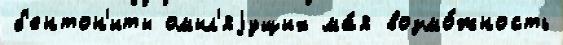
б'ентон'иты омыл'яjущих ма́я возмо́жность